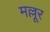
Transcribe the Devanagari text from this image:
मल्लूर